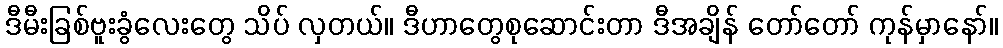
ဒီမီးခြစ်ဗူးခွံလေးတွေ သိပ် လှတယ်။ ဒီဟာတွေစုဆောင်းတာ ဒီအချိန် တော်တော် ကုန်မှာနော်။